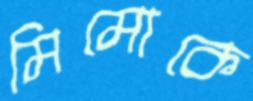
মিমোকে